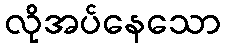
လိုအပ်နေသော